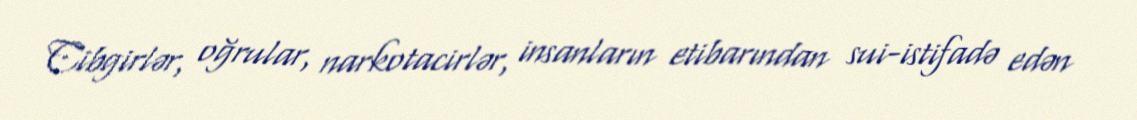
Cibgirlər, oğrular, narkotacirlər, insanların etibarından sui-istifadə edən